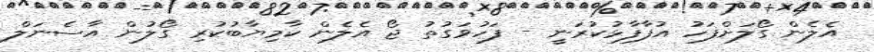
އެލެން ގޯލަށްފަހު އުފާފާޅުކުރަނީ - ފަހުވަގުތު ޖޯ އެލެން ކާމިޔާބުކުރި ގޯލުން އާސެނަލް